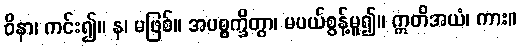
ဝိနာ၊ ကင်း၍။ န၊ မဖြစ်။ အပစ္စက္ခိတွာ၊ မပယ်စွန့်မူ၍။ ဣတိအယံ၊ ကား။